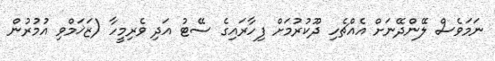
ނަމަވެސް ލޭންދޭނަށް އެއްޗެހި ދޫކުރުމަށް ފިހާރައިގެ ސޭޓު އަދި ވެރިމީހާ (ޒަޚަމްވި އުމުރުން